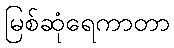
မြစ်ဆုံရေကာတာ